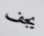
يجف